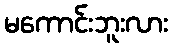
မကောင်းဘူးလား